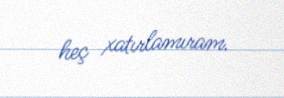
heç xatırlamıram.